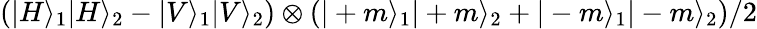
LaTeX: \left(|H\rangle_{1}|H\rangle_{2}-|V\rangle_{1}|V\rangle_{2}\right)\otimes\left(|+m\rangle_{1}|+m\rangle_{2}+|-m\rangle_{1}|-m\rangle_{2}\right)/2